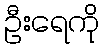
ဦးရေကို